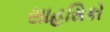
સાહસિકો